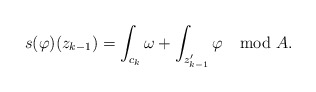
\begin{align*}s(\varphi)(z_{k-1})=\int_{c_k}\omega+\int_{z_{k-1}'}\varphi\mod A.\end{align*}